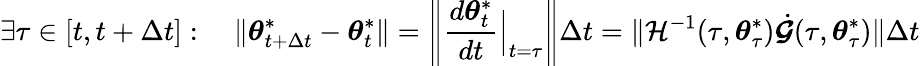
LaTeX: \exists\tau\in[t,t+\Delta t]:\quad\lVert{\boldsymbol{\theta}}_{t+\Delta t}^{*}-{\boldsymbol{\theta}}_{t}^{*}\rVert=\left\lVert\frac{d{\boldsymbol{\theta}}_{t}^{*}}{dt}\Big|_{t=\tau}\right\rVert\Delta t=\lVert\mathcal{H}^{-1}(\tau,{\boldsymbol{\theta}}_{\tau}^{*})\dot{\boldsymbol{\mathcal{G}}}(\tau,{\boldsymbol{\theta}}_{\tau}^{*})\rVert\Delta t